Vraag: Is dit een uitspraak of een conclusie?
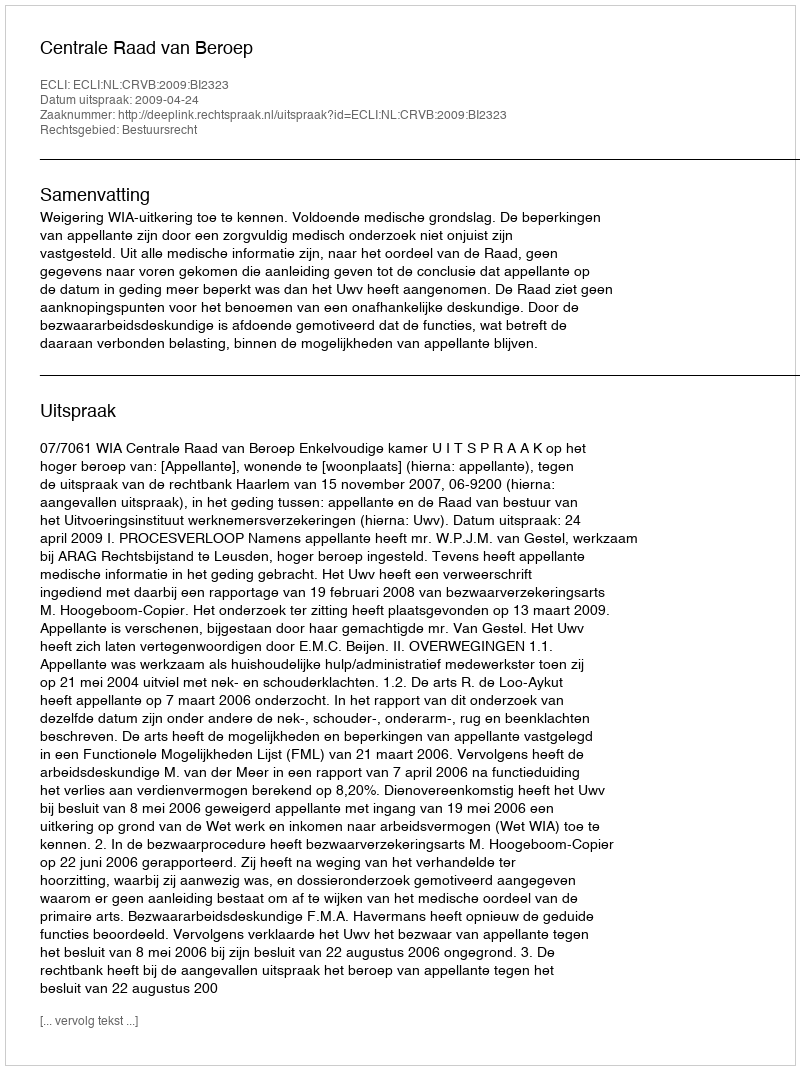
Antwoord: Uitspraak